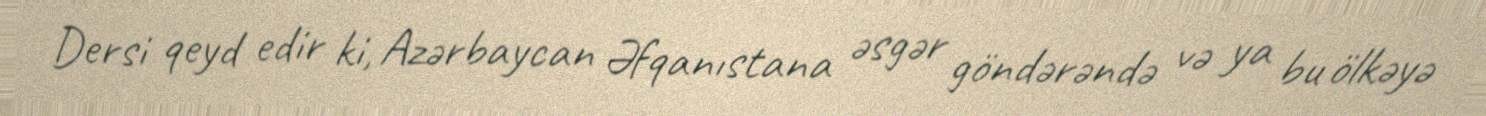
Dersi qeyd edir ki, Azərbaycan Əfqanıstana əsgər göndərəndə və ya bu ölkəyə